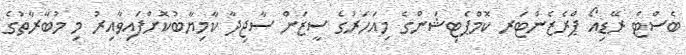
ބެސްޓް ރޭޑިއޯ ޕްރެޒެންޓަރ ކޮމްޕެޓިޝަންގެ މިއަހަރުގެ ސީޒަން ސާޖިދާ ކާމިޔާބުކޮށްފައިވާއިރު މި މުބާރާތުގެ